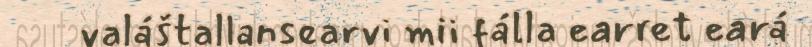
valáštallansearvi mii fálla earret eará